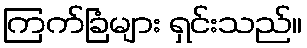
ကြက်ခြံများ ရှင်းသည်။